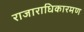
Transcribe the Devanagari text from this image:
राजाराधिकारमण